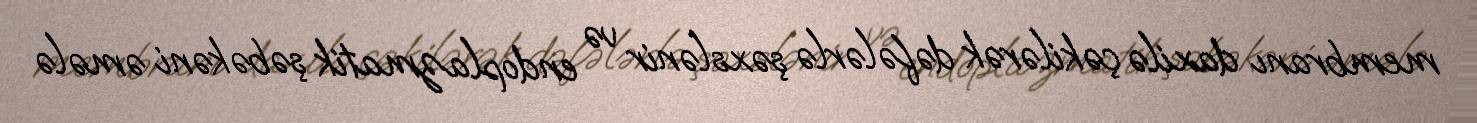
membranı daxilə çəkilərək dəfələrlə şəxslənir və endoplazmatik şəbəkəni əmələ